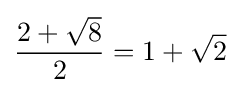
{\frac {2+{\sqrt {8}}}{2}}=1+{\sqrt {2}}